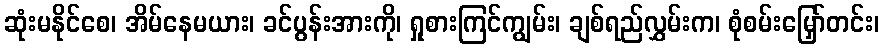
ဆုံးမနိုင်စေ၊ အိမ်နေမယား၊ ခင်ပွန်းအားကို၊ ရှုစားကြင်ကျွမ်း၊ ချစ်ရည်လွှမ်းက၊ စုံစမ်းမြှော်တင်း၊